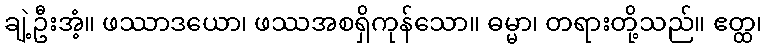
ချဲ့ဦးအံ့။ ဖဿာဒယော၊ ဖဿအစရှိကုန်သော။ ဓမ္မာ၊ တရားတို့သည်။ ဧတ္ထ၊